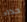
حذاء